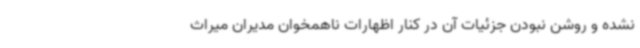
نشده و روشن نبودن جزئیات آن در کنار اظهارات ناهمخوان مدیران میراث